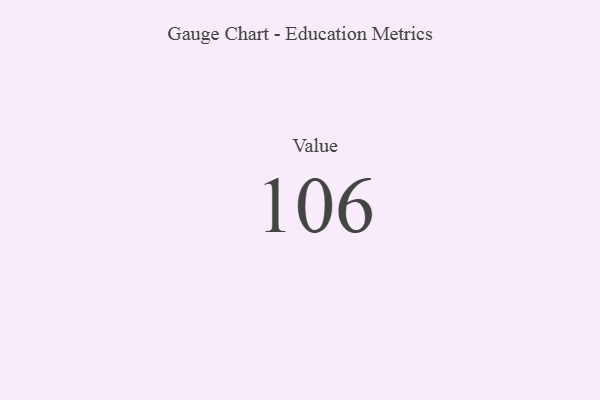
{"axis": {"x": "Metric", "y": "Value"}, "legend": [""], "data": [{"x": "Value", "y": 106, "type": ""}]}